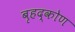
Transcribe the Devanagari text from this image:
बृहद्कोण